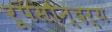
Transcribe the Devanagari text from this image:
रूपसौन्दर्य